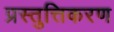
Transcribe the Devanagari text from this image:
प्रस्तुत्तिकरण